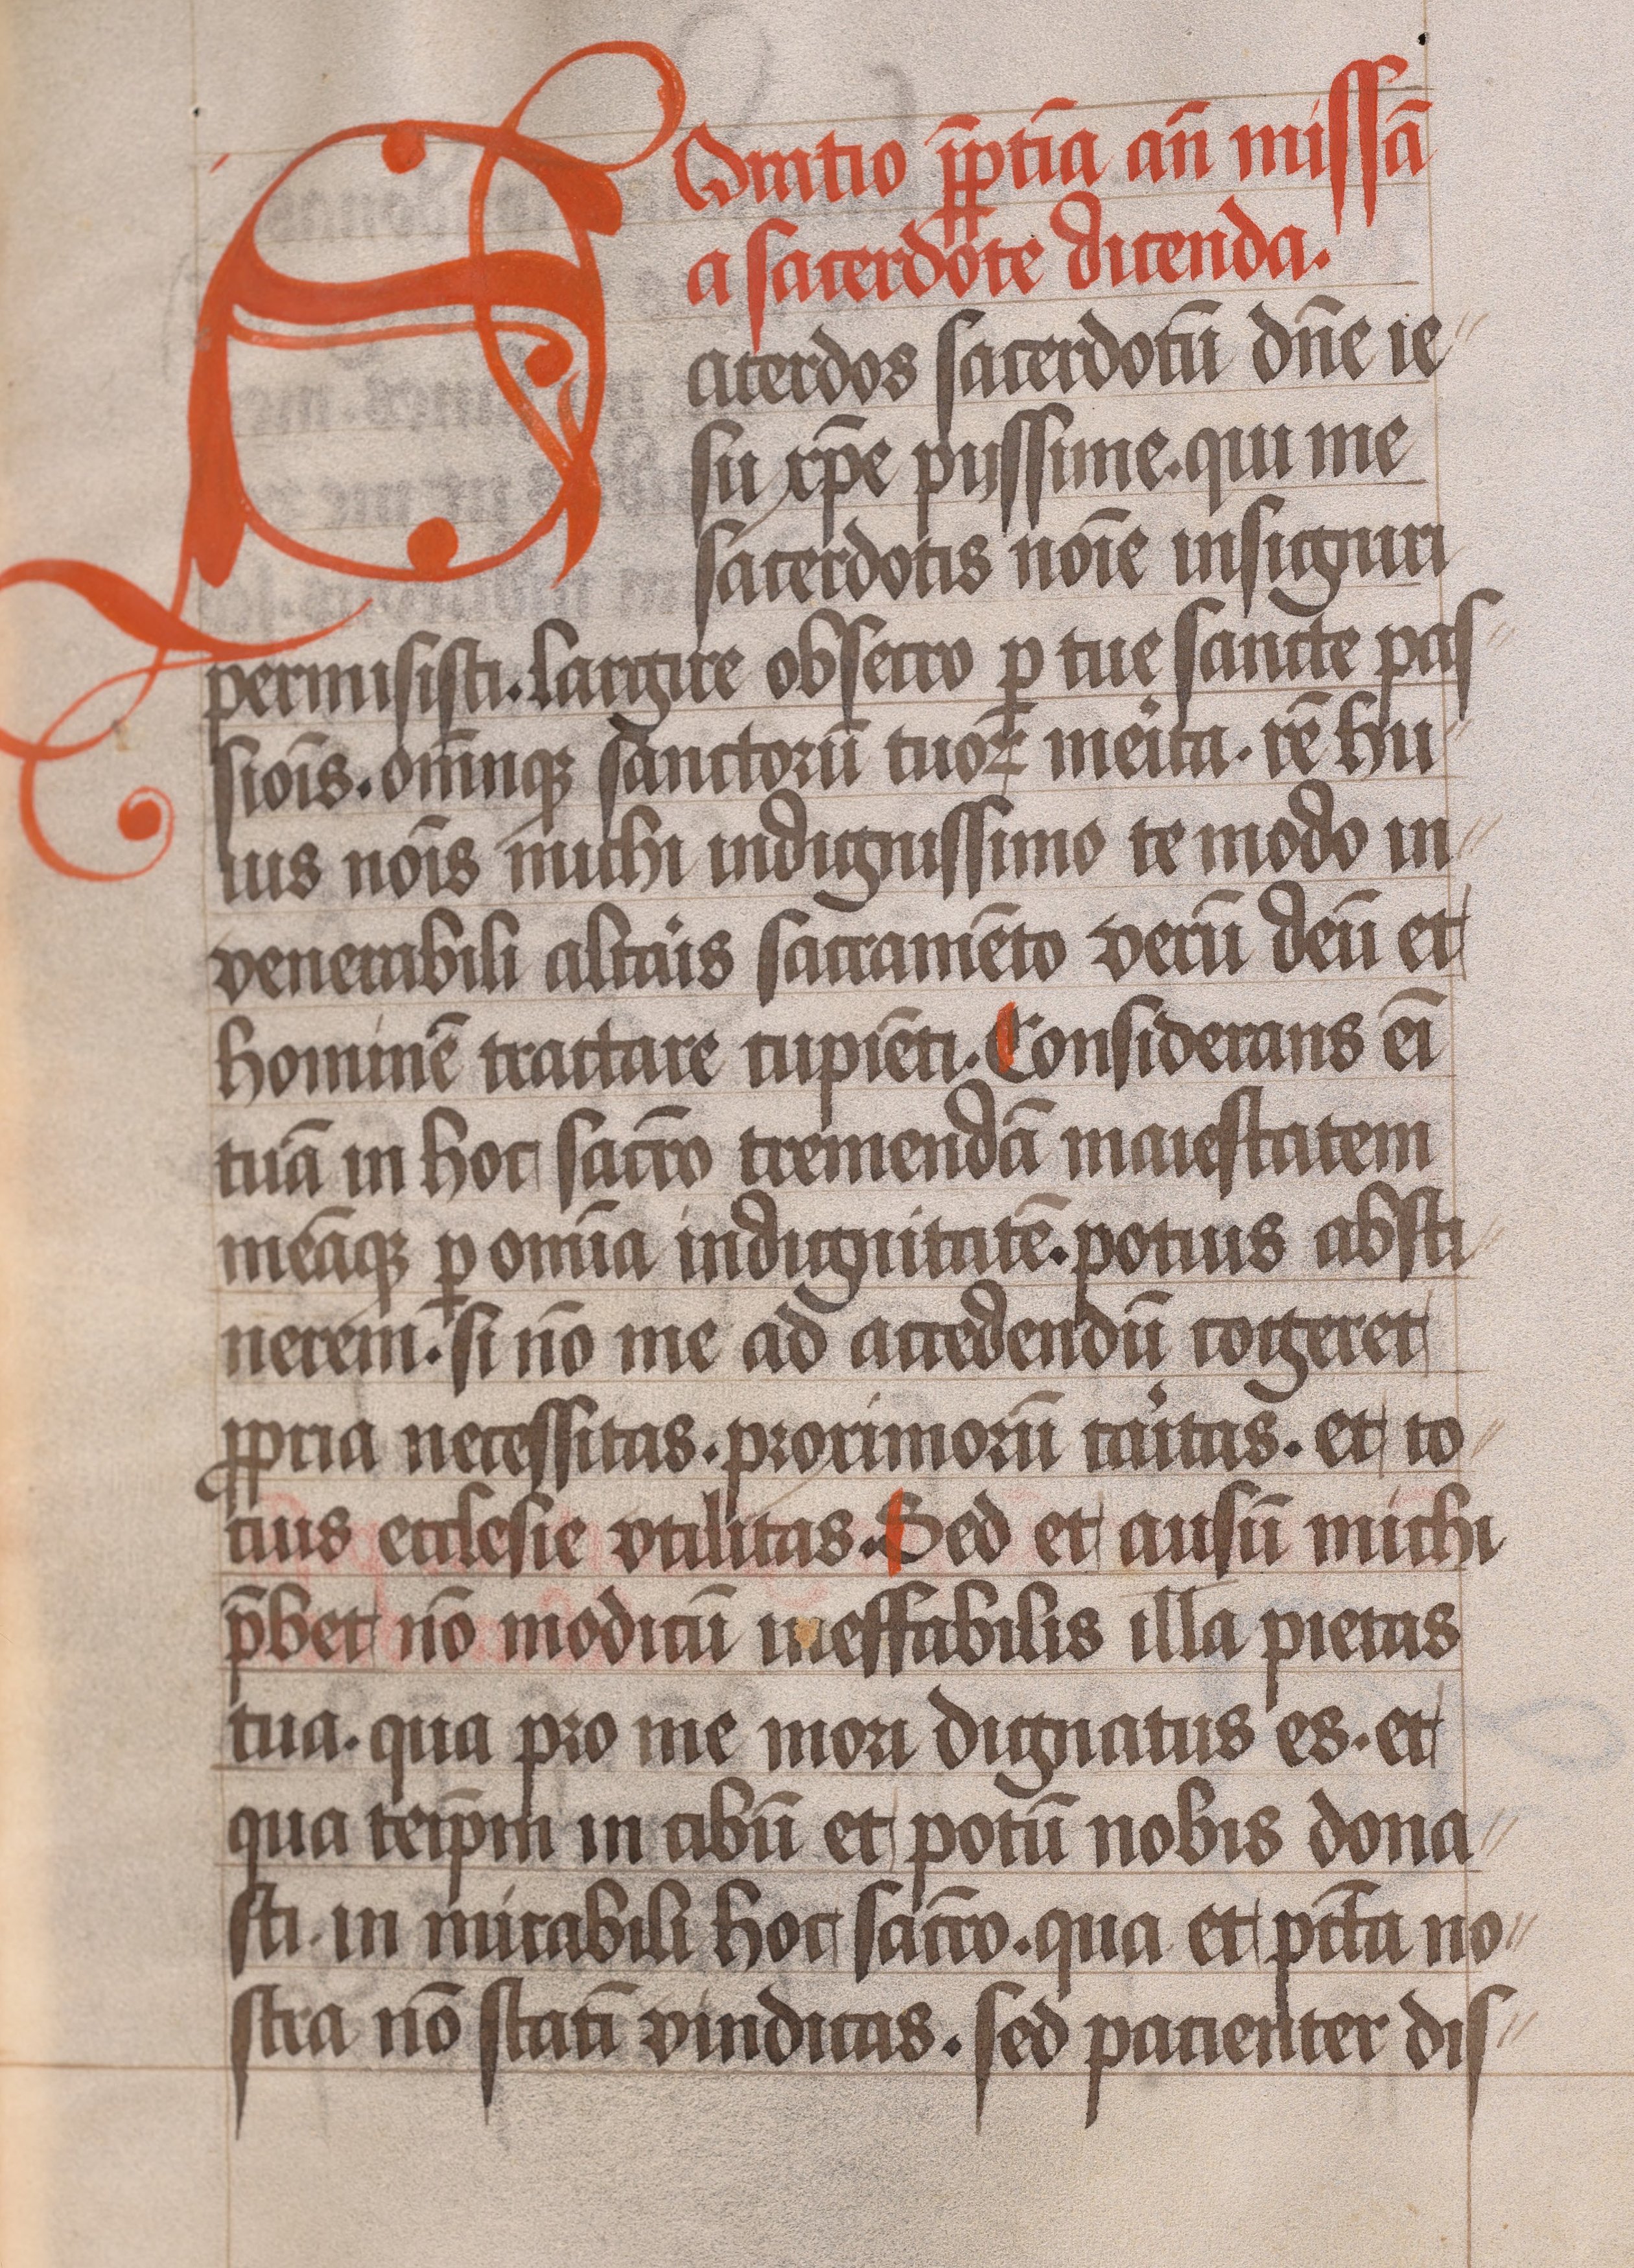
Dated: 1450–1499